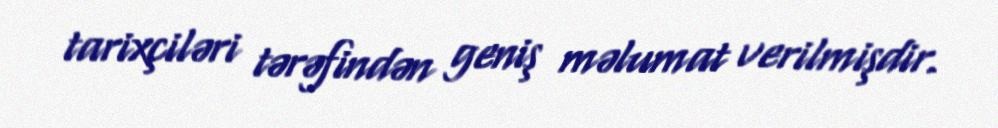
tarixçiləri tərəfindən geniş məlumat verilmişdir.